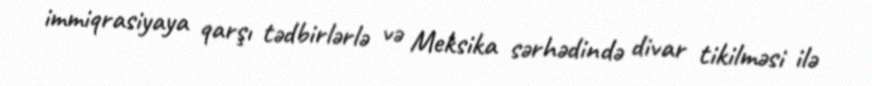
immiqrasiyaya qarşı tədbirlərlə və Meksika sərhədində divar tikilməsi ilə